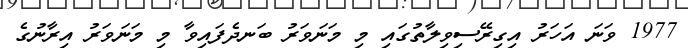
1977 ވަނަ އަހަރު އިގިރޭސިވިލާތުގައި މި މަނަވަރު ބަނދެފައިވާ މި މަނަވަރު އިރާނުގެ